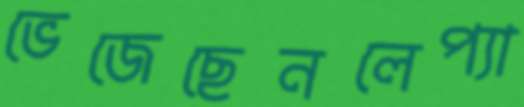
ভেজেছেনলেপ্যা